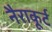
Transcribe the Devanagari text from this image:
नैराकूर्ट